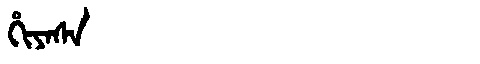
Manchu: ᡥᡳᠶᠠᠰᠠ
Romanization: HIYASA